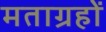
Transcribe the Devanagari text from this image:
मताग्रहों